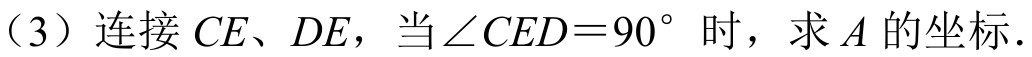
（3）连接 \(CE\)、\(DE\)，当\(\angle CED = 90^{\circ}\)时，求 \(A\) 的坐标.